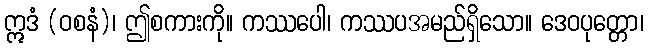
ဣဒံ (ဝစနံ)၊ ဤစကားကို။ ကဿပေါ၊ ကဿပအမည်ရှိသော။ ဒေဝပုတ္တော၊